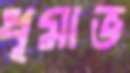
ধূমাভ